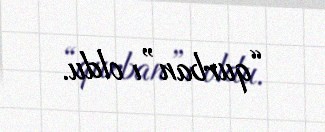
“qurban”ı oldu.